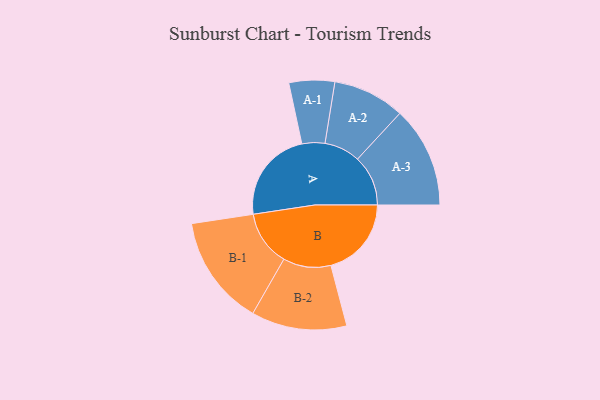
{"axis": {"x": "Segment", "y": "Value"}, "legend": ["", "A", "B"], "data": [{"x": "A", "y": 494, "type": ""}, {"x": "B", "y": 430, "type": ""}, {"x": "A-1", "y": 122, "type": "A"}, {"x": "A-2", "y": 192, "type": "A"}, {"x": "A-3", "y": 270, "type": "A"}, {"x": "B-1", "y": 295, "type": "B"}, {"x": "B-2", "y": 255, "type": "B"}]}